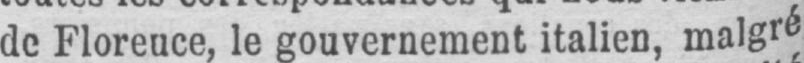
de Floreuce, le gouvernement italien, malgré